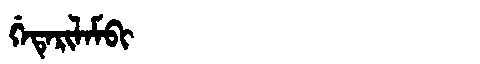
Manchu: ᡤᡝᡨᡝᡵᡳᠯᠠᠮᠪᡳ
Romanization: GETERILAMBI